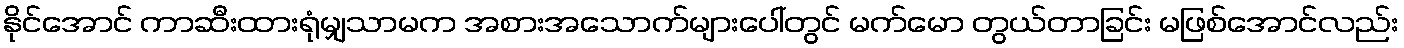
နိုင်အောင် ကာဆီးထားရုံမျှသာမက အစားအသောက်များပေါ်တွင် မက်မော တွယ်တာခြင်း မဖြစ်အောင်လည်း